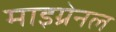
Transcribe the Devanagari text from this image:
माइग्रेनल